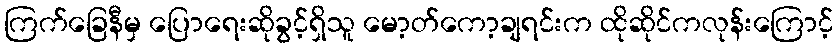
ကြက်ခြေနီမှ ပြောရေးဆိုခွင့်ရှိသူ မော့တ်ကော့ချရင်းက ထိုဆိုင်ကလုန်းကြောင့်